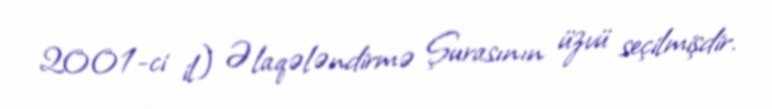
2001-ci il) Əlaqələndirmə Şurasının üzvü seçilmişdir.